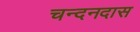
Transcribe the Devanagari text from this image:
चन्दनदास